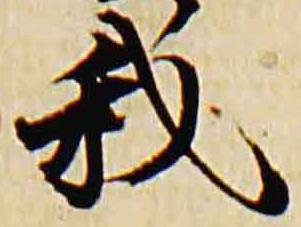
我